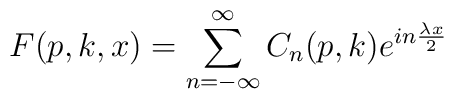
F(p,k,x)=\sum_{n=-\infty}^{\infty}C_n(p,k)e^{in\frac{\lambda x}{2}}